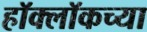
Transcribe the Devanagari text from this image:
हॉक्लॉकच्या